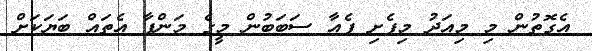
އެގޮތުން މި މިއަދު މިފެށި ފެއާ ސަބަބުން މީގެ މަންފާ އެތައް ބަޔަކަށް